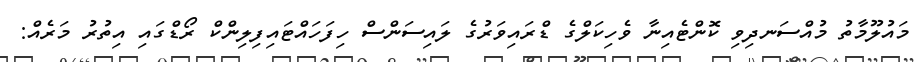
މައުލޫމާތު މުއްސަނދިވި ކޮންޓެއިނާ ވެހިކަލްގެ ޑްރައިވަރުގެ ލައިސަންސް ހިފަހައްޓައިފިލިންކް ރޯޑްގައި އިތުރު މަރެއް: